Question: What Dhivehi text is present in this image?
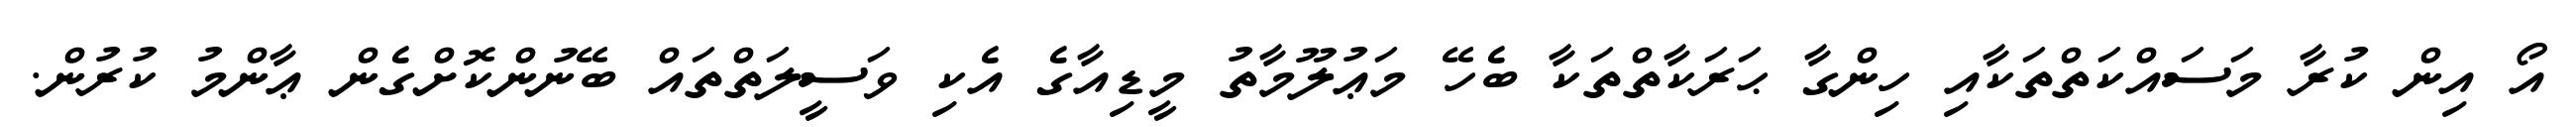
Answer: އޯ އިން ކުރާ މަސައްކަތްތަކާއި ހިންގާ ޙަރަކާތްތަކާ ބެހޭ މަޢުލޫމާތު މީޑިއާގެ އެކި ވަސީލަތްތައް ބޭނުންކޮށްގެން ޢާންމު ކުރުން.